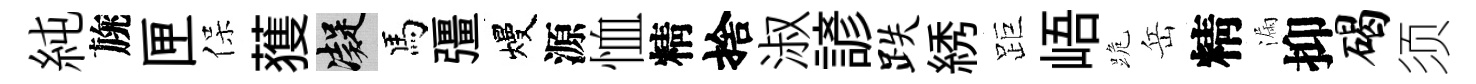
純旐匣保𫉬凝馬彊熳源恤精捨淑諺跌綉距峿跪岳精漏抑碣须